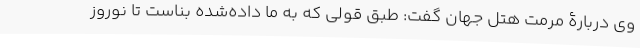
وی دربارۀ مرمت هتل جهان گفت: طبق قولی که به ما داده‌شده بناست تا نوروز